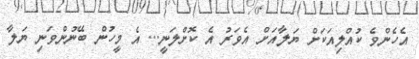
އެހެންވެ ކުއްލިއަކަށް ޔަލާއަށް އެވަރު އެ ކޮށްލަނީ... އެ މީހުން ބޭނުންވަނި ޔަލާ